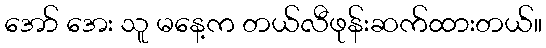
အော် အေး သူ မနေ့က တယ်လီဖုန်းဆက်ထားတယ်။